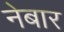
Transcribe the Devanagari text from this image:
नेबार